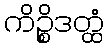
ကိဉ္စိဒတ္ထံ